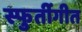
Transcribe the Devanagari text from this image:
स्फुर्तीगीत